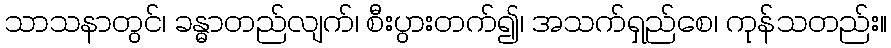
သာသနာတွင်၊ ခန္ဓာတည်လျက်၊ စီးပွားတက်၍၊ အသက်ရှည်စေ၊ ကုန်သတည်း။